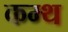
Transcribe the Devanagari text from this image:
कम्थ